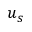
u _ { s }